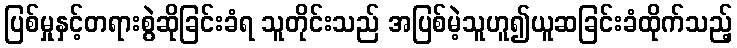
ပြစ်မှုနှင့်တရားစွဲဆိုခြင်းခံရ သူတိုင်းသည် အပြစ်မဲ့သူဟူ၍ယူဆခြင်းခံထိုက်သည့်